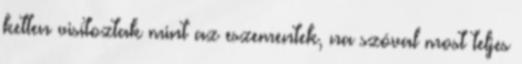
ketten visítoztak mint az eszementek, na szóval most teljes